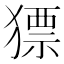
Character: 𤡑